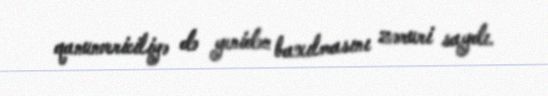
qanunvericiliyə də yenidən baxılmasını zəruri saydı.